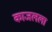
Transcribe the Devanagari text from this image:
काजलला